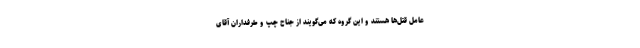
عامل قتل‌ها هستند و این گروه كه می‌گویند از جناح چپ و طرفداران آقاى